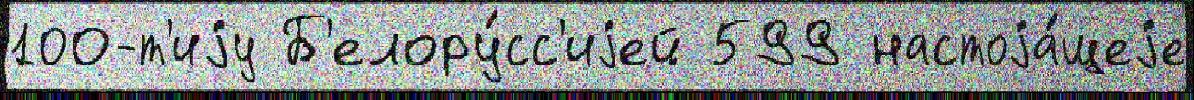
100-т'иjу Б'елору́сс'иjей 599 настоjа́щеjе